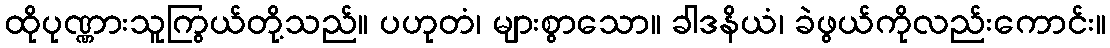
ထိုပုဏ္ဏားသူကြွယ်တို့သည်။ ပဟုတံ၊ များစွာသော။ ခါဒနိယံ၊ ခဲဖွယ်ကိုလည်းကောင်း။